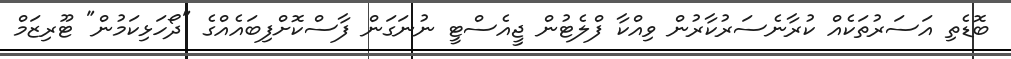
ބޮޑެތި އަސަރުތަކެއް ކުރާނެސަރުކާރުން ވިއްކާ ފްލެޓުން ޖީއެސްޓީ ނުނަގަން ފާސްކޮށްފިބައެއްގެ "ދޯހަޅިކަމުން" ޓޫރިޒަމް